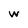
Character: w